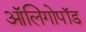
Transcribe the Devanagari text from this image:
ऑलिगोपॉड